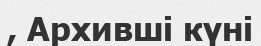
, Aрхивші күні